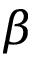
\beta